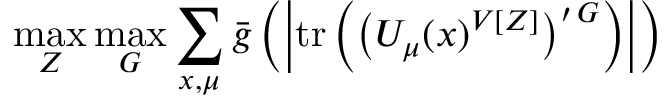
\operatorname * { m a x } _ { Z } \operatorname * { m a x } _ { G } \sum _ { x , \mu } \bar { g } \left( \left| \mathrm { t r } \left( \left( U _ { \mu } ( x ) ^ { V [ Z ] } \right) ^ { \prime \, G } \right) \right| \right)